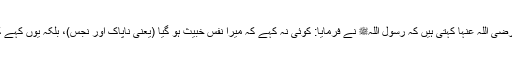
1466: اُمّ المؤمنین عائشہ صدیقہ رضی اللہ عنہا کہتی ہیں کہ رسول اللہﷺ نے فرمایا: کوئی نہ کہے کہ میرا نفس خبیث ہو گیا (یعنی ناپاک اور نجس)، بلکہ یوں کہے کہ میرا نفس کاہل اور سست ہو گیا۔